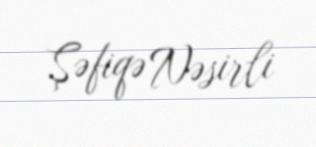
Şəfiqə Nəsirli